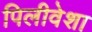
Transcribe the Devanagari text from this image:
पिलीवेशा